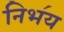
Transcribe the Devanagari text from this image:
निभ॔य